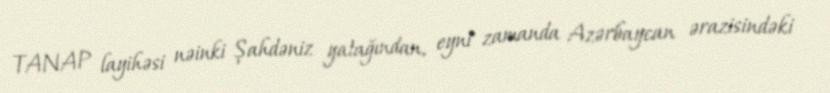
TANAP layihəsi nəinki Şahdəniz yatağından, eyni zamanda Azərbaycan ərazisindəki